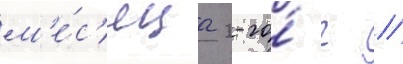
м'е́с'яца 2-го́ г //